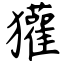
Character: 獾